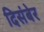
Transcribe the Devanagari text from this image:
दिसंबेर